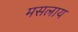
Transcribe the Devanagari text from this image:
मसलाय